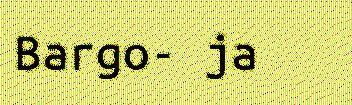
Bargo- ja